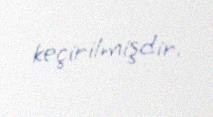
keçirilmişdir.